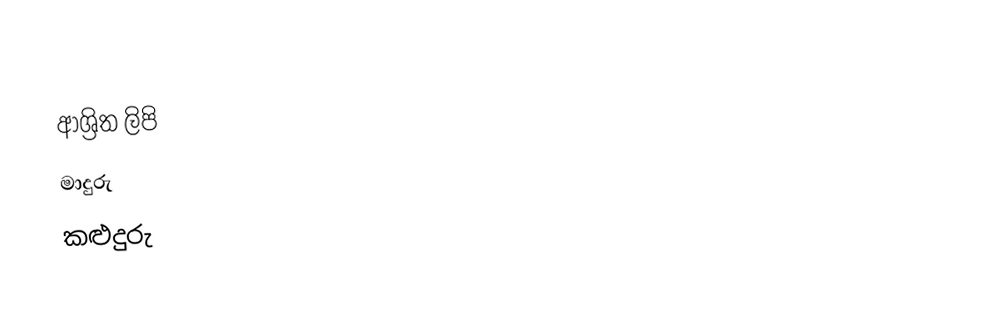

ආශ්‍රිත ලිපි
 මාදුරු
 කළුදුරු